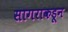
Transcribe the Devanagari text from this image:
सागराकडून